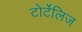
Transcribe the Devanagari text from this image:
टोर्टेलिज